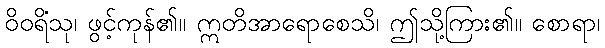
ဝိဝရိံသု၊ ဖွင့်ကုန်၏။ ဣတိအာရောစေသိ၊ ဤသို့ကြား၏။ စောရာ၊